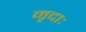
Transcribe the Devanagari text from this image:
मृदाः